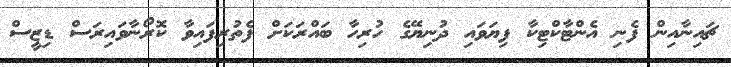
ޗައިނާއިން ފެނި އެންޓާކްޓިކާ ފިޔަވައި ދުނިޔޭގެ ހުރިހާ ބައްރަކަށް ފެތުރިފައިވާ ކޮރޯނާވައިރަސް ޑިޒީސް